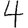
Digit: 4